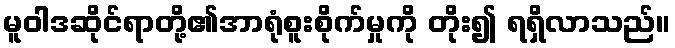
မူဝါဒဆိုင်ရာတို့၏အာရုံစူးစိုက်မှုကို တိုး၍ ရရှိလာသည်။